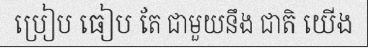
ប្រៀប ធៀប តែ ជាមួយនឹង ជាតិ យើង